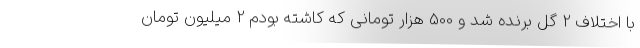
با اختلاف 2 گل برنده شد و 500 هزار تومانی که کاشته بودم 2 میلیون تومان